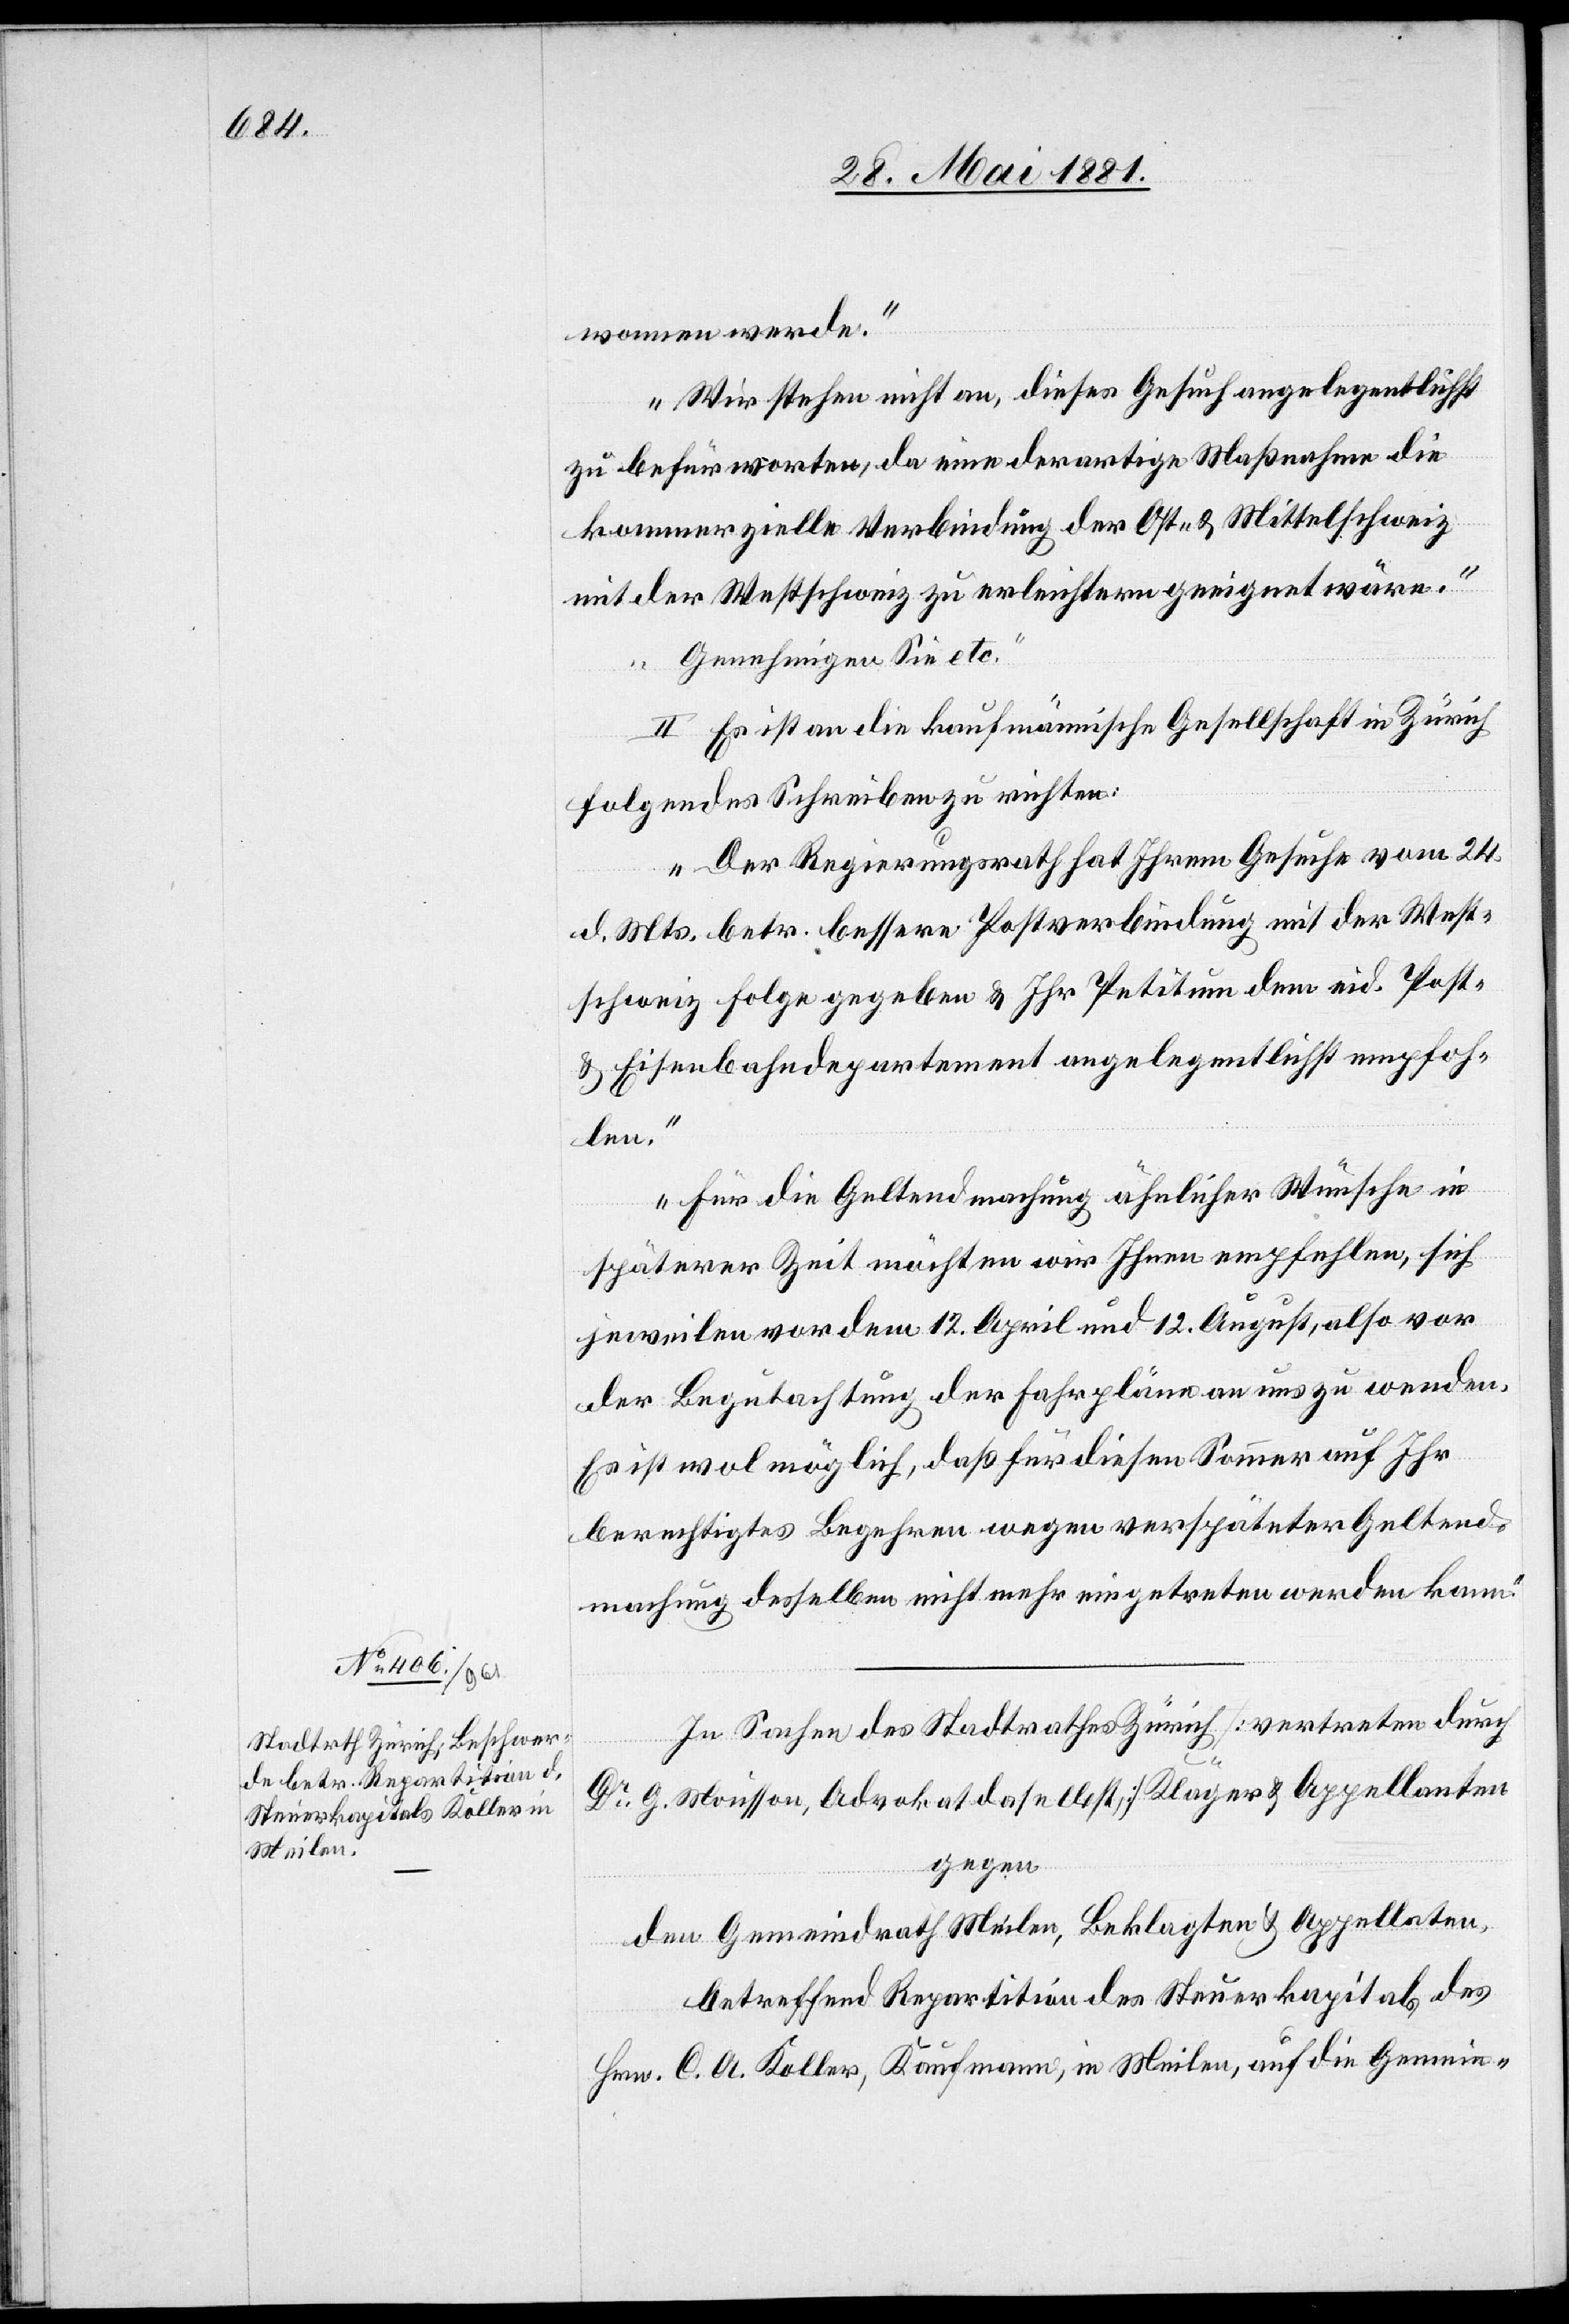
wonnen werde.
Wir stehen nicht an, dieses Gesuch angelegentlichst
zu befürworten, da eine derartige Maßnahme die
kommerzielle Verbindung der Ost- & Mittelschweiz
mit der Westschweiz zu erleichtern geeignet wäre.
Genehmigen Sie etc.“
II. Es ist an die kaufmännische Gesellschaft in Zürich
folgendes Schreiben zu richten:
„Der Regierungsrath hat Ihrem Gesuche vom 24.
d. Mts. betr. bessere Postverbindung mit der West¬
schweiz folge gegeben & Ihr Petitium dem eid. Post-
& Eisenbahndepartement angelegentlichst empfoh¬
len.
Für die Geltendmachung ähnlicher Wünsche in
späterer Zeit möchten wir Ihnen empfehlen, sich
jeweilen vor dem 12. April und 12. August, also vor
der Begutachtung der Fahrpläne an uns zu wenden.
Es ist wol möglich, daß für diesen Sommer auf Ihr
berechtigtes Begehren wegen verspäteter Geltend¬
machung desselben nicht mehr eingetreten werden kann.“
In Sachen des Stadtrathes Zürich [vertreten durch
Dr G. Mousson, Advokat daselbst] Kläger & Appellanten
gegen
den Gemeindrath Meilen, Beklagten & Appellaten,
betreffend Repartition des Steuerkapitals des
Hrn. C. A. Koller, Kaufmann, in Meilen, auf die Gemein-